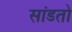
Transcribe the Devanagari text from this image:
सांडतो